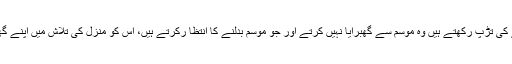
یاد رکھئیے جو لوگ منزل پر جانے کی تڑپ رکھتے ہیں وہ موسم سے گھبرایا نہیں کرتے اور جو موسم بدلنے کا انتظا رکرتے ہیں، اس کو منزل کی تلاش میں اپنے گھر سے نکلنے کی توفیق نہیں ہوتی ۔